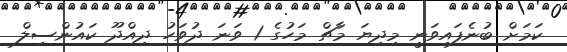
ކަމަށް ބުނެފައިވަނީ މިދިޔަ މާޗް މަހުގެ 1 ވަނަ ދުވަހު ދިއްދޫ ކައުންސިލް